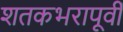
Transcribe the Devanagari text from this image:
शतकभरापूर्वी